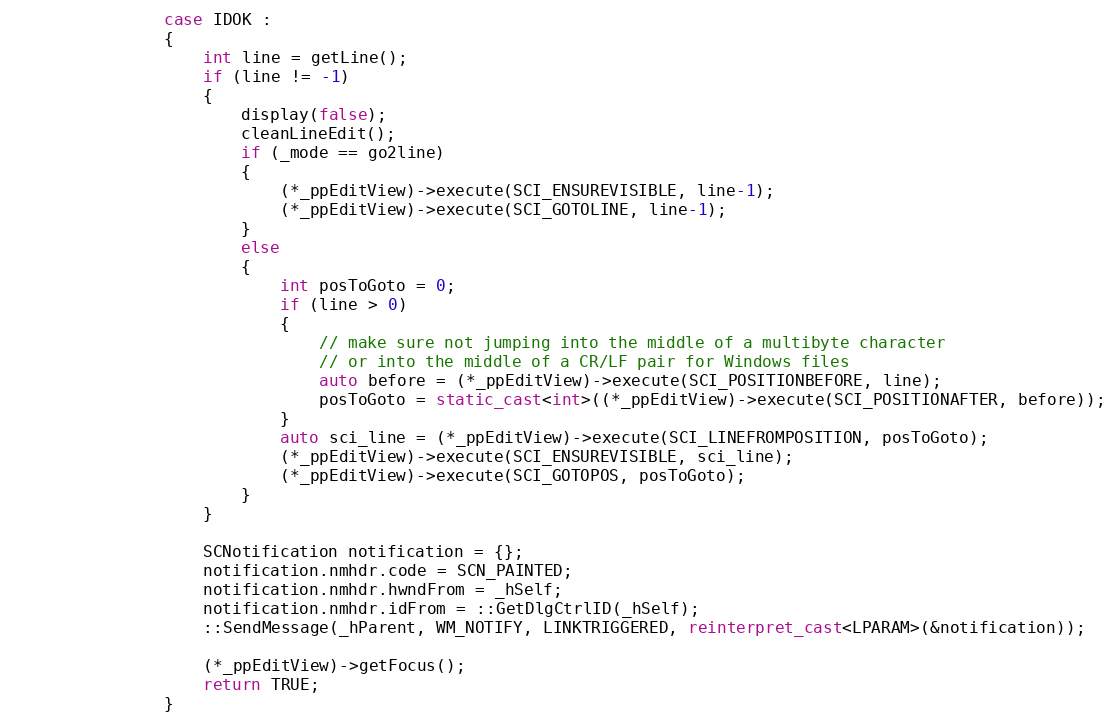
Language: C++
				case IDOK :
                {
                    int line = getLine();
                    if (line != -1)
                    {
                        display(false);
                        cleanLineEdit();
						if (_mode == go2line)
						{
							(*_ppEditView)->execute(SCI_ENSUREVISIBLE, line-1);
							(*_ppEditView)->execute(SCI_GOTOLINE, line-1);
						}
						else
						{
							int posToGoto = 0;
							if (line > 0)
							{
								// make sure not jumping into the middle of a multibyte character
								// or into the middle of a CR/LF pair for Windows files
								auto before = (*_ppEditView)->execute(SCI_POSITIONBEFORE, line);
								posToGoto = static_cast<int>((*_ppEditView)->execute(SCI_POSITIONAFTER, before));
							}
							auto sci_line = (*_ppEditView)->execute(SCI_LINEFROMPOSITION, posToGoto);
							(*_ppEditView)->execute(SCI_ENSUREVISIBLE, sci_line);
							(*_ppEditView)->execute(SCI_GOTOPOS, posToGoto);
						}
					}

					SCNotification notification = {};
					notification.nmhdr.code = SCN_PAINTED;
					notification.nmhdr.hwndFrom = _hSelf;
					notification.nmhdr.idFrom = ::GetDlgCtrlID(_hSelf);
					::SendMessage(_hParent, WM_NOTIFY, LINKTRIGGERED, reinterpret_cast<LPARAM>(&notification));

                    (*_ppEditView)->getFocus();
                    return TRUE;
                }